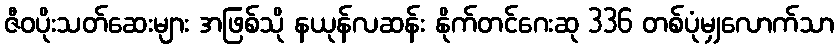
ဇီဝပိုးသတ်ဆေးများ အဖြစ်သို နယုန်လဆန်း နိုက်တင်ဂေးဆု 336 တစ်ပုံမျှလောက်သာ